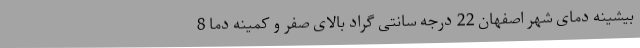
بیشینه دمای شهر اصفهان 22 درجه سانتی گراد بالای صفر و کمینه دما 8